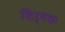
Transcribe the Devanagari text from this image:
शिर्षकः